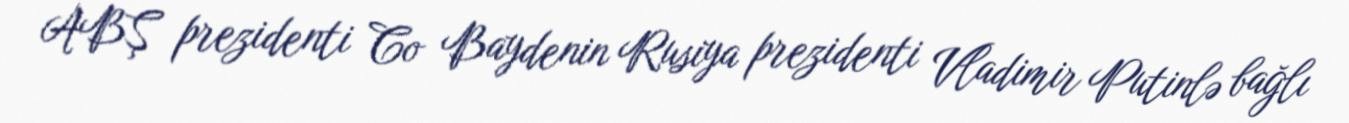
ABŞ prezidenti Co Baydenin Rusiya prezidenti Vladimir Putinlə bağlı